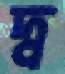
দ্ব